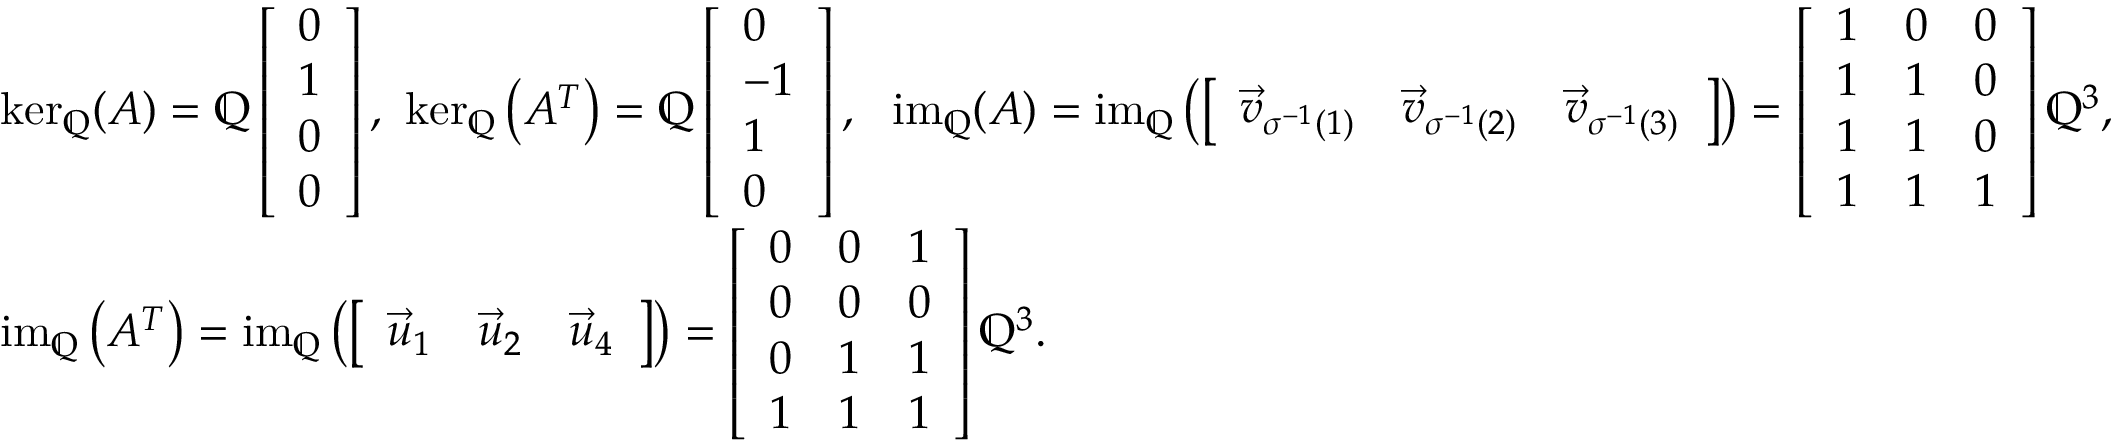
\begin{array} { r l } & { \ker _ { \mathbb { Q } } ( A ) = \operatorname { \mathbb { Q } } \left[ \begin{array} { l } { 0 } \\ { 1 } \\ { 0 } \\ { 0 } \end{array} \right] , \ \ker _ { \mathbb { Q } } \left( A ^ { T } \right) = \operatorname { \mathbb { Q } } \left[ \begin{array} { l } { 0 } \\ { - 1 } \\ { 1 } \\ { 0 } \end{array} \right] , \ \ \operatorname { i m } _ { \mathbb { Q } } ( A ) = \operatorname { i m } _ { \mathbb { Q } } \left( \left[ \begin{array} { l l l } { \vec { v } _ { \sigma ^ { - 1 } ( 1 ) } } & { \vec { v } _ { \sigma ^ { - 1 } ( 2 ) } } & { \vec { v } _ { \sigma ^ { - 1 } ( 3 ) } } \end{array} \right] \right) = \left[ \begin{array} { l l l } { 1 } & { 0 } & { 0 } \\ { 1 } & { 1 } & { 0 } \\ { 1 } & { 1 } & { 0 } \\ { 1 } & { 1 } & { 1 } \end{array} \right] \mathbb { Q } ^ { 3 } , } \\ & { \operatorname { i m } _ { \mathbb { Q } } \left( A ^ { T } \right) = \operatorname { i m } _ { \mathbb { Q } } \left( \left[ \begin{array} { l l l } { \vec { u } _ { 1 } } & { \vec { u } _ { 2 } } & { \vec { u } _ { 4 } } \end{array} \right] \right) = \left[ \begin{array} { l l l } { 0 } & { 0 } & { 1 } \\ { 0 } & { 0 } & { 0 } \\ { 0 } & { 1 } & { 1 } \\ { 1 } & { 1 } & { 1 } \end{array} \right] \mathbb { Q } ^ { 3 } . } \end{array}